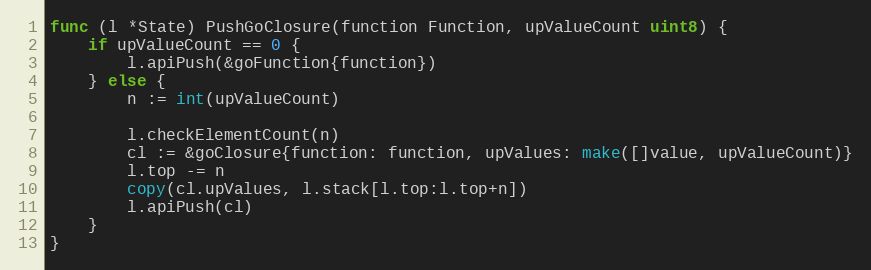
Language: Go
func (l *State) PushGoClosure(function Function, upValueCount uint8) {
	if upValueCount == 0 {
		l.apiPush(&goFunction{function})
	} else {
		n := int(upValueCount)

		l.checkElementCount(n)
		cl := &goClosure{function: function, upValues: make([]value, upValueCount)}
		l.top -= n
		copy(cl.upValues, l.stack[l.top:l.top+n])
		l.apiPush(cl)
	}
}